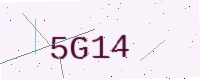
Text: 5G14